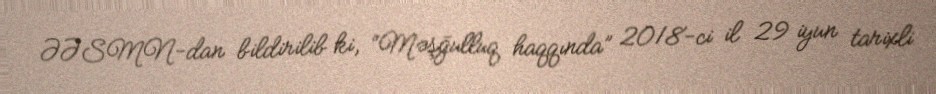
ƏƏSMN-dan bildirilib ki, “Məşğulluq haqqında” 2018-ci il 29 iyun tarixli